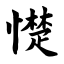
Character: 憷